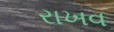
રાખવ